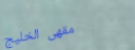
مقهى الخليج